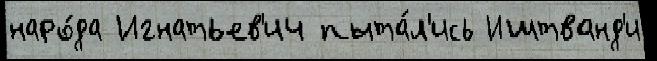
наро́да Игнатьев'ич пыта́л'ись Иштванд'и